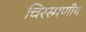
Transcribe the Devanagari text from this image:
चिरस्मणीय